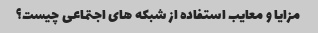
مزایا و معایب استفاده از شبکه های اجتماعی چیست؟